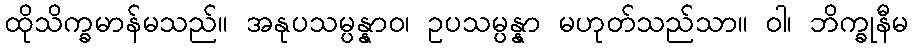
ထိုသိက္ခမာန်မသည်။ အနုပသမ္ပန္နာဝ၊ ဥပသမ္ပန္နာ မဟုတ်သည်သာ။ ဝါ၊ ဘိက္ခုနီမ